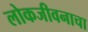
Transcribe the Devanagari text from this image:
लोकजीवनाचा